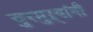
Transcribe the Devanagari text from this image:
चुरमुऱ्यांनी